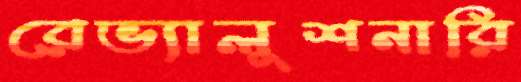
রেভ্যালুশনারি